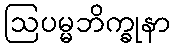
ဩပမ္မဘိက္ခုနာ